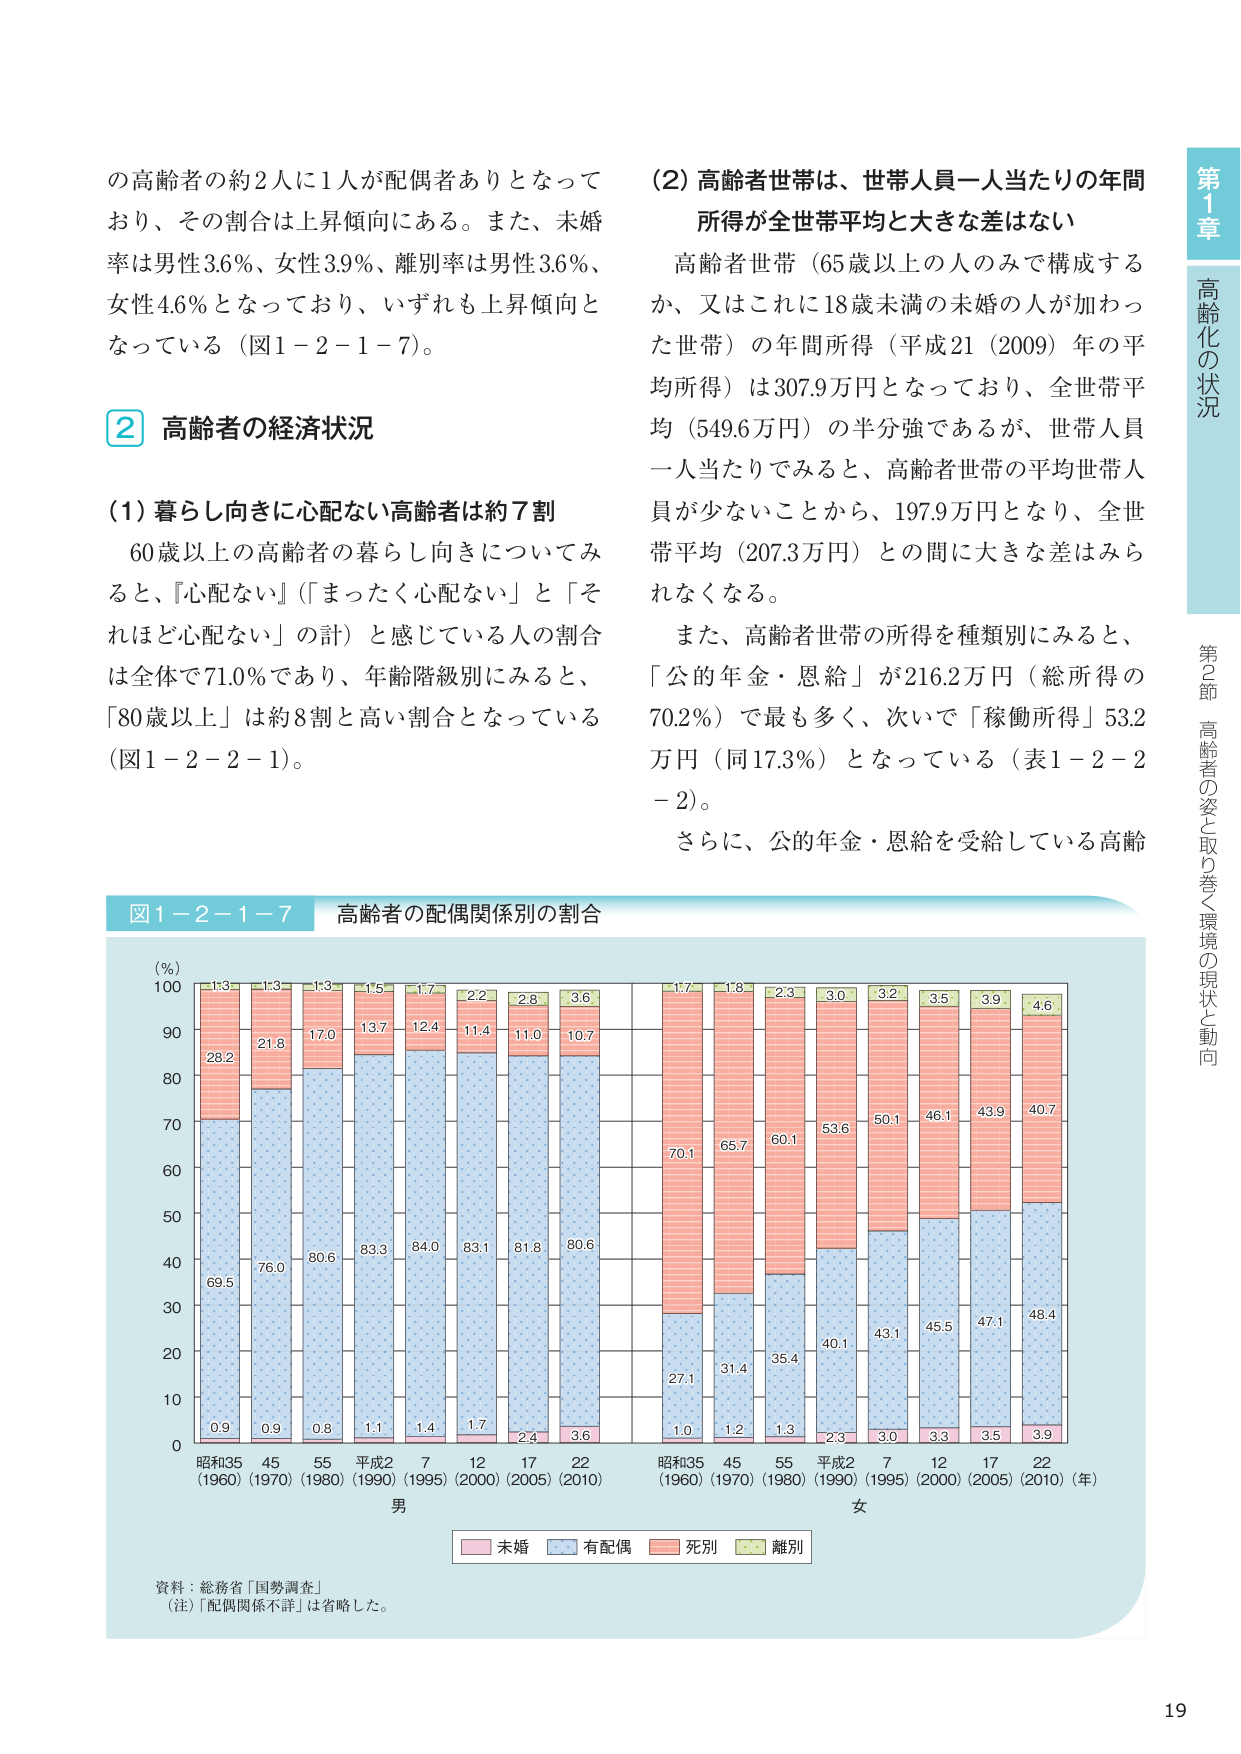
の高齢者の約2人に1人が配偶者ありとなっており、その割合は上昇傾向にある。また、未婚率は男性3.6％、女性3.9％、離別率は男性3.6％、女性4.6％となっており、いずれも上昇傾向となっている（図1-2-1-7）。

② 高齢者の経済状況

（1）暮らし向きに心配ない高齢者は約7割
60歳以上の高齢者の暮らし向きについてみると、「心配ない」「まったく心配ない」と「それほど心配ない」の計）と感じている人の割合は全体で71.0％であり、年齢階級別にみると、「80歳以上」は約8割と高い割合となっている（図1-2-2-1）。

（2）高齢者世帯は、世帯人員一人当たりの年間所得が全世帯平均と大きな差はない
高齢者世帯（65歳以上の人のみで構成するか、又はこれに18歳未満の未婚の人が加わった世帯）の年間所得（平成21（2009）年の平均所得）は307.9万円となっており、全世帯平均（549.6万円）の半分強であるが、世帯人員一人当たりでみると、高齢者世帯の平均世帯人員が少ないことから、197.9万円となり、全世帯平均（207.3万円）との間に大きな差はみられなくなる。
また、高齢者世帯の所得を種類別にみると、「公的年金・恩給」が216.2万円（総所得の70.2％）で最も多く、次いで「稼働所得」53.2万円（同17.3％）となっている（表1-2-2-2）。
さらに、公的年金・恩給を受給している高齢

図1-2-1-7 高齢者の配偶関係別の割合
（％）
100
90
80
70
60
50
40
30
20
10
0
1.3
28.2
69.5
0.9
1.3
21.8
76.0
0.9
1.3
17.0
80.6
0.8
1.5
13.7
83.3
1.1
1.7
12.4
84.0
1.4
2.2
11.4
83.1
1.7
2.8
11.0
81.8
2.4
3.6
10.7
80.6
3.6
1.7
70.1
27.1
1.0
1.8
65.7
31.4
1.2
2.3
60.1
35.4
1.3
3.0
53.6
40.1
2.3
3.2
50.1
43.1
3.0
3.5
46.1
45.5
3.3
3.9
43.9
47.1
3.5
4.6
40.7
48.4
3.9
昭和35（1960） 45（1970） 55（1980） 平成2（1990） 7（1995） 12（2000） 17（2005） 22（2010）
男
昭和35（1960） 45（1970） 55（1980） 平成2（1990） 7（1995） 12（2000） 17（2005） 22（2010）（年）
女
■ 未婚 ■ 有配偶 ■ 死別 ■ 離別
資料：総務省「国勢調査」
（注）「配偶関係不詳」は省略した。

第1章 高齢化の状況
第2節 高齢者の姿と取り巻く環境の現状と動向
19